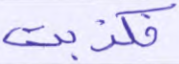
فكذبت